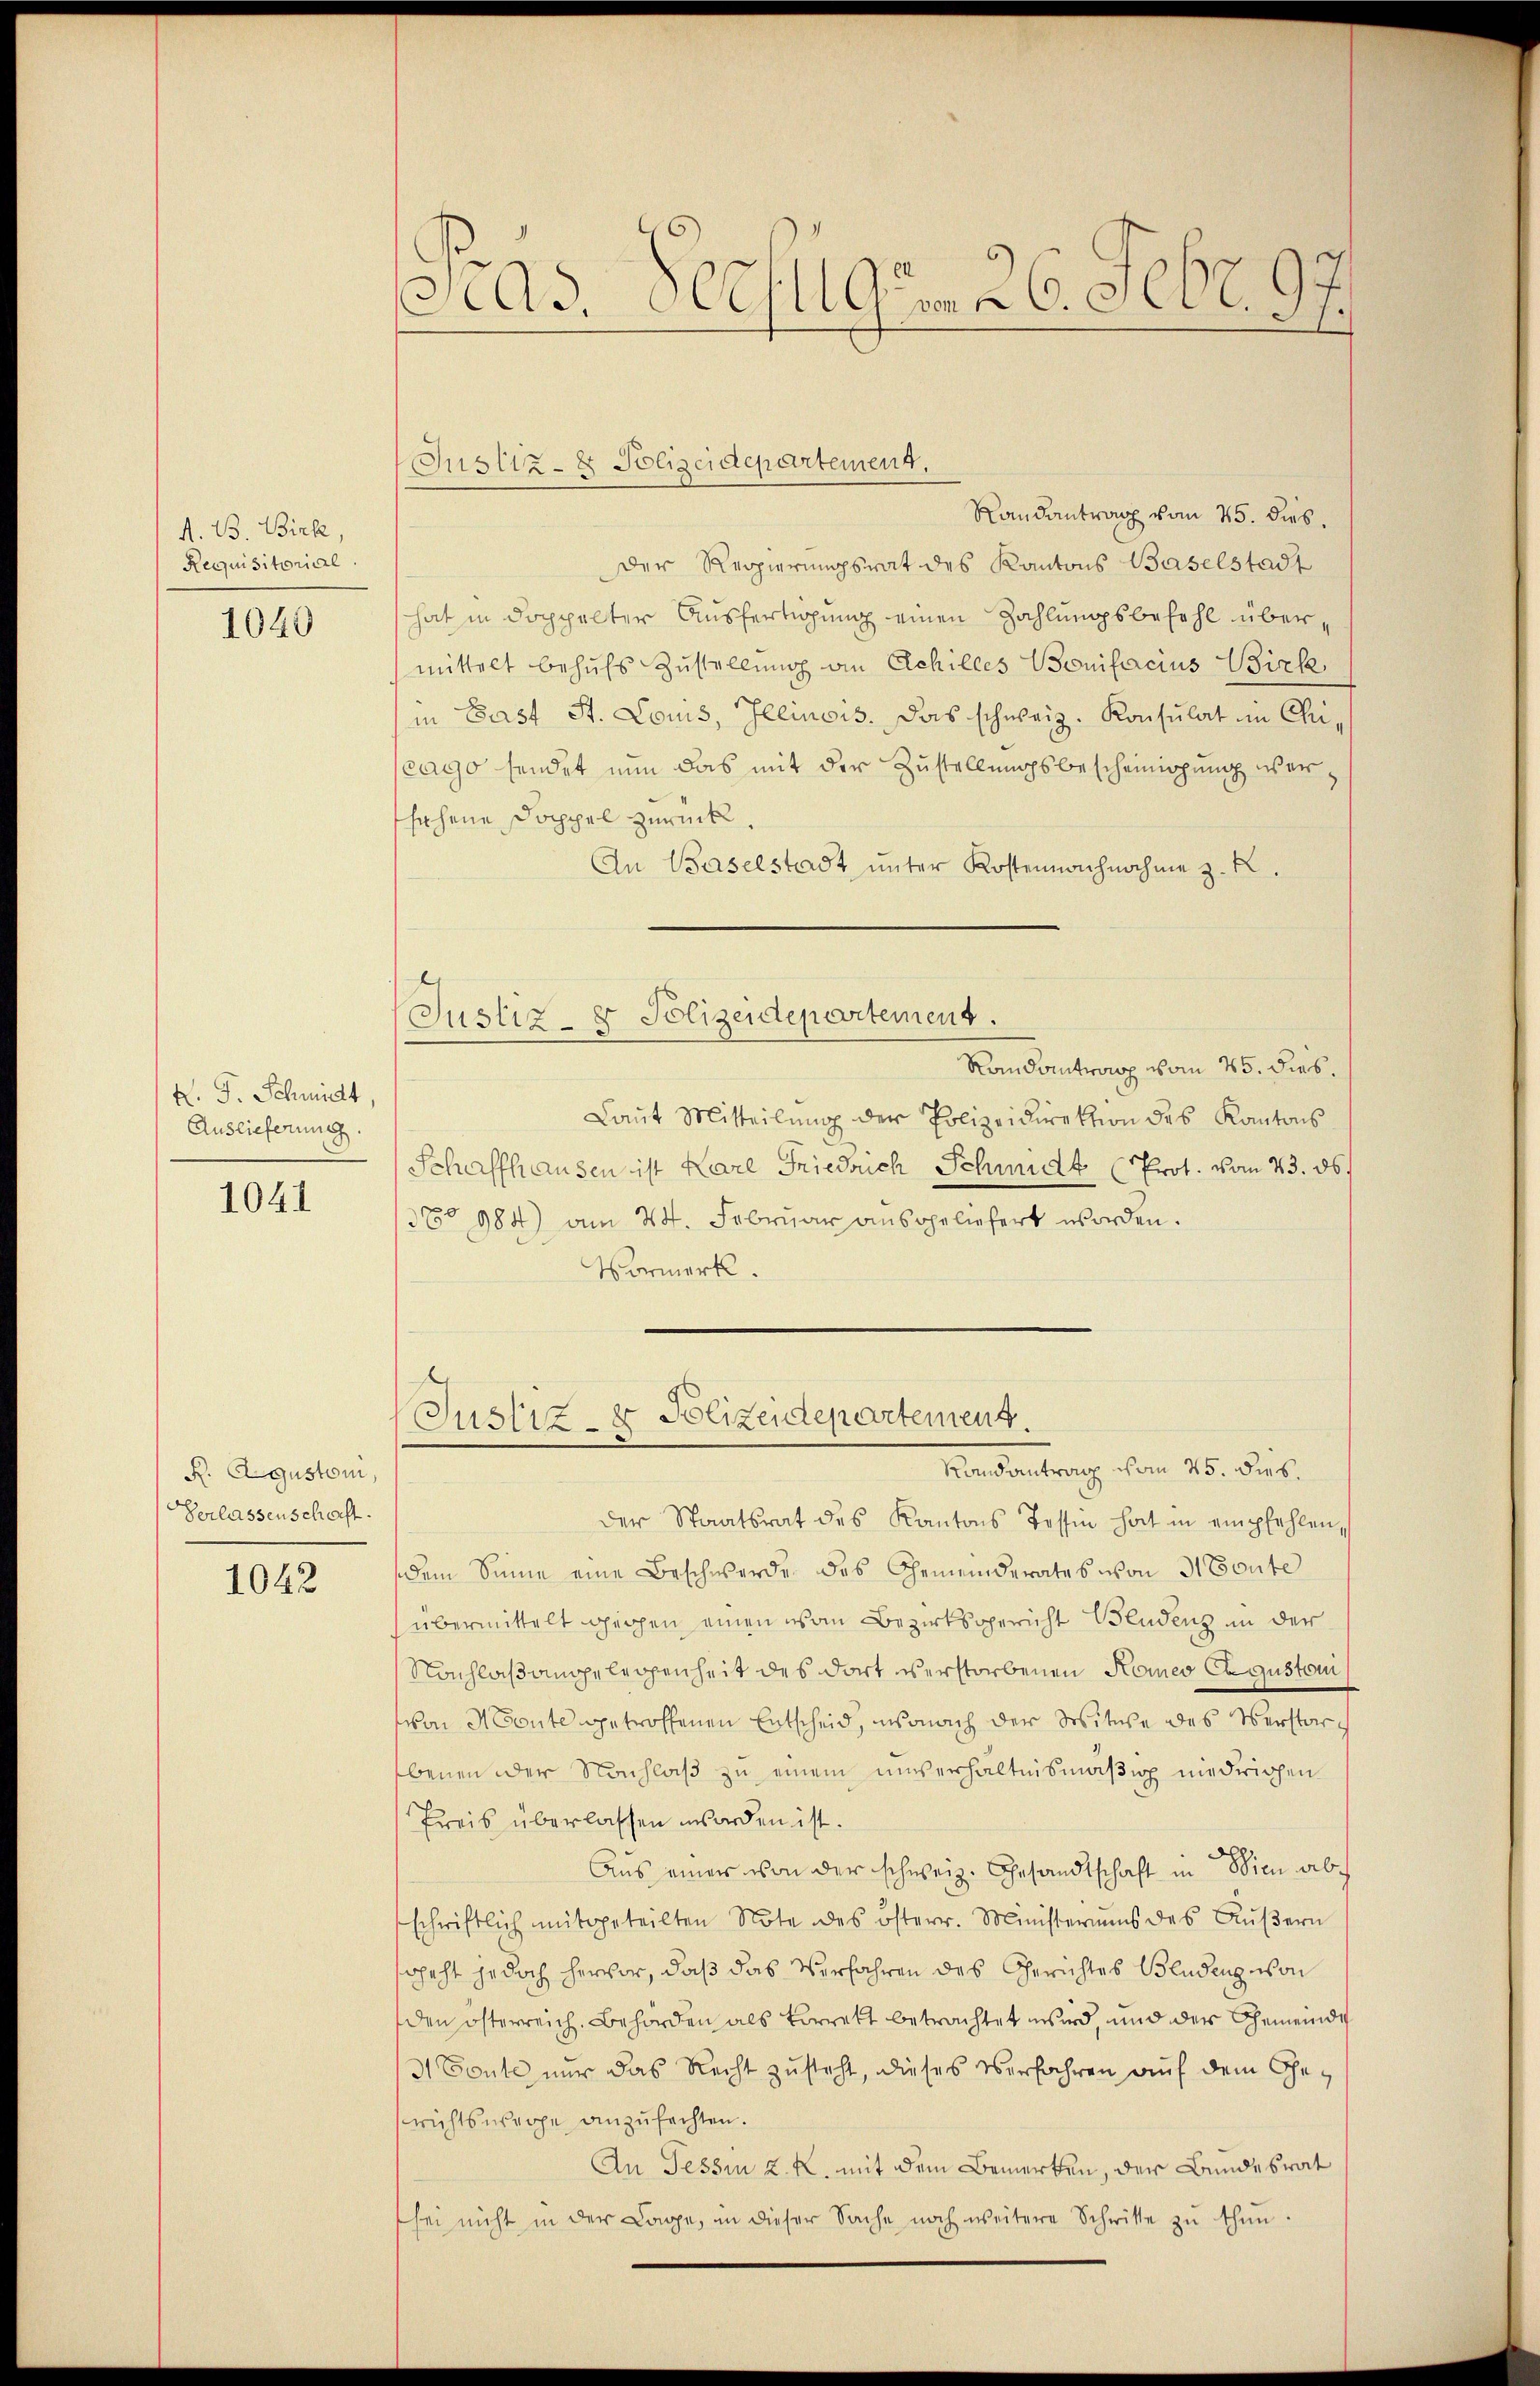
A. B. Birk,
Requisitorial.
1040

K. J. Schmidt,
Auslieferung.

1041

R. Agustoni,
Verlassenschaft.

1042

Pras. Verfügen 26. Febr. 97.

Randantrag vom 25. dies.
Der Regierungsrat des Kantons Baselstadt
hat in doppelter Ausfertigung einen Zahlungsbefehl übermittelt behufs Zustellung an Achilles Bonifacius Birk,
in Gast St. Louis, Illinois. Das schweiz. Konsulat im Chri,
cago sendet nun das mit der Zustellungsbescheinigung wersehene Doppel zurück.
An Baselstadt unter Kostennachnahme z. K.
Randantrag vom 25. dies.
Laŭt Mitteilŭng der Polizeidirektion des Kantons
Schaffhausen ist Karl Friedrich Schmidt (Prot. vom 23. 86.
38° 984) am 24. Februar ausgeliefert worden.
Vormerk.
Justiz- & Polizeidepartement
Bendantrag vom 25. ds.
der Staatsrat des Kantons Tessin hat in empfehlen,
dem Sinne eine Beschwerde das Gemeinderates von 3. Toute
übermittelt gegen einen von Bezirksgericht Bludenz in der
Nachlaßangelegenheit des dort verstorbenen Komeo Ex gustoui
von Monte getroffenen Entscheid, wonach der Witwe des Verstorebenen oder Nachlaß zu einem unverhältnismäßig niedrichen
Preis überlassen worden ist.
Aus einer von der schweiz. Gesandtschaft in Wien abschriftlich mitgeteilten Note des österr. Ministeriums des Aŭβern
sgeht jedoch hervor, daß das Verfahren des Gerichtes Bludenz von
den österreich, Behörden als Vorrett betrachtet wird, und der Gemeinde
3 Toute nur das Recht zusteht, dieses Verfahren auf dem Gerichtswege anzufechten.
An Tessin z. K. mit dem Bemerken, der Bundesrat
sei nicht in der Lage, in dieser Sache noch weitere Schritte zŭ thŭn.

Justiz- & Polizeidepartement.

Justiz- & Polizeidepartement.